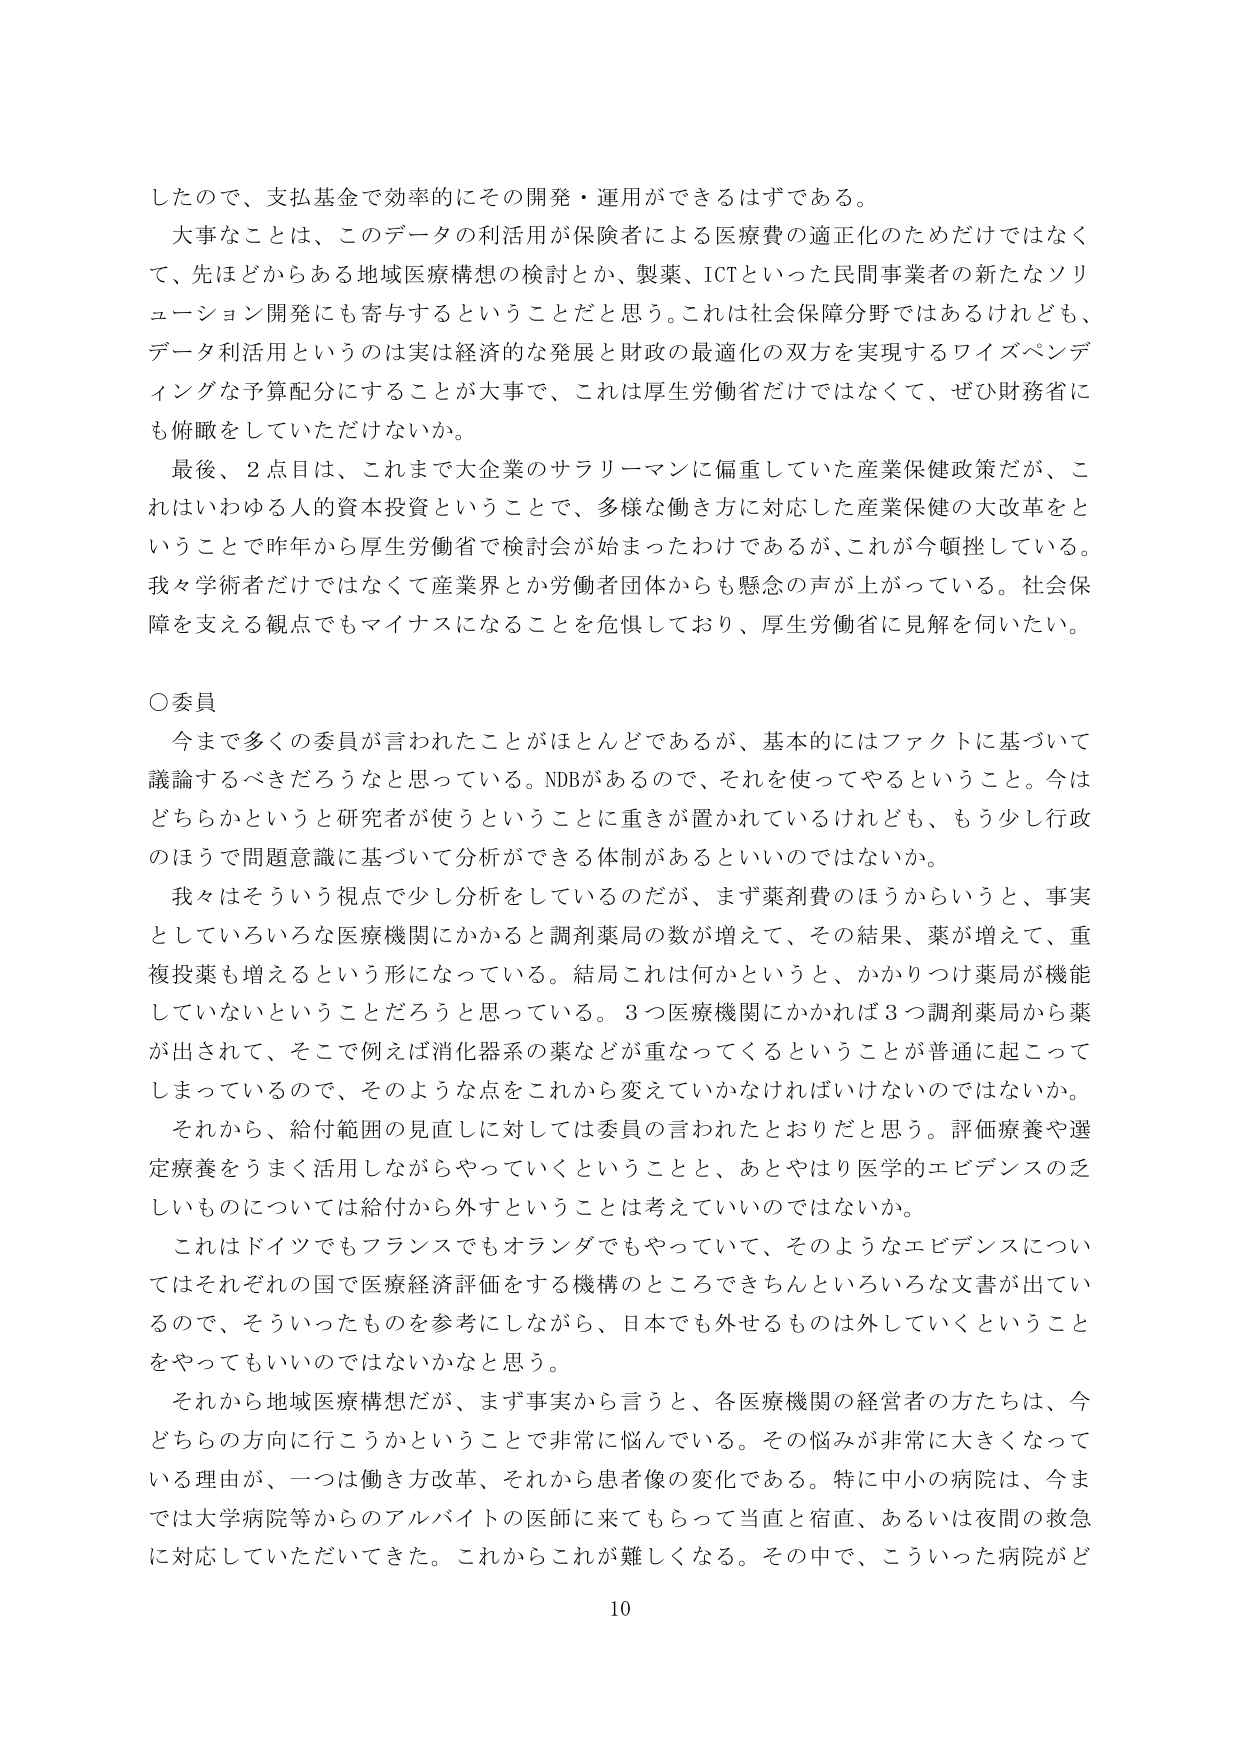
したので、支払基金で効率的にその開発・運用ができるはずである。

大事なことは、このデータの利活用が保険者による医療費の適正化のためだけではなくて、先ほどからある地域医療構想の検討とか、製薬、ICTといった民間事業者の新たなソリューション開発にも寄与するということだと思う。これは社会保障分野ではあるけれども、データ利活用というのは実は経済的な発展と財政の最適化の双方を実現するワイズペンディングな予算配分にすることが大事で、これは厚生労働省だけではなくて、ぜひ財務省にも俯瞰をしていただけないか。

最後、2点目は、これまで大企業のサラリーマンに偏重していた産業保健政策だが、これはいわゆる人的資本投資ということで、多様な働き方に対応した産業保健の大改革をということで昨年から厚生労働省で検討会が始まったわけであるが、これが今頓挫している。我々学術者だけではなくて産業界とか労働者団体からも懸念の声が上がっている。社会保障を支える観点でもマイナスになることを危惧しており、厚生労働省に見解を伺いたい。

○委員

今まで多くの委員が言われたことがほとんどであるが、基本的にはファクトに基づいて議論するべきだろうなと思っている。NDBがあるので、それを使ってやるということ。今はどちらかというと研究者が使うということに重きが置かれているけれども、もう少し行政のほうで問題意識に基づいて分析ができる体制があるといいのではないか。

我々はそういう視点で少し分析をしているのだが、まず薬剤費のほうからいうと、事実としていろいろな医療機関にかかると調剤薬局の数が増えて、その結果、薬が増えて、重複投薬も増えるという形になっている。結局これは何かというと、かかりつけ薬局が機能していないということだろうと思っている。3つ医療機関にかかれば3つ調剤薬局から薬が出されて、そこで例えば消化器系の薬などが重なってくるということが普通に起こってしまっているので、そのような点をこれから変えていかなければならないのではないか。

それから、給付範囲の見直しに対しては委員の言われたとおりだと思う。評価療養や選定療養をうまく活用しながらやっていくということと、あとやはり医学的エビデンスの乏しいものについては給付から外すということは考えていいいのではないか。

これはドイツでもフランスでもオランダでもやっていて、そのようなエビデンスについてはそれぞれの国で医療経済評価をする機構のところできちんといろいろな文書が出ているので、そういったものを参考にしながら、日本でも外せるものは外していくということをやってもいいのではないかと思う。

それから地域医療構想だが、まず事実から言うと、各医療機関の経営者の方たちは、今どちらの方向に行こうかということで非常に悩んでいる。その悩みが非常に大きくなっている理由が、一つは働き方改革、それから患者像の変化である。特に中小の病院は、今までは大学病院等からのアルバイトの医師に来てもらって当直と宿直、あるいは夜間の救急に対応していただいてきた。これからこれが難しくなる。その中で、こういった病院がど

10